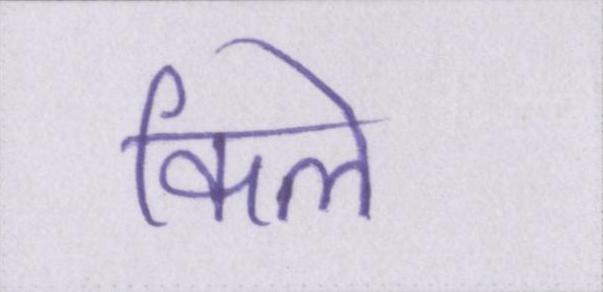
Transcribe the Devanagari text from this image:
किले